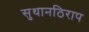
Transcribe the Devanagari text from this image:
सुथानठिराप